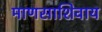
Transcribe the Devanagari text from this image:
माणसाशिवाय